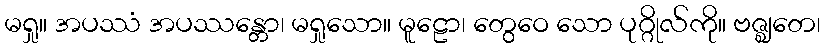
မရှု။ အပဿံ အပဿန္တော၊ မရှုသော။ မူဠော၊ တွေဝေ သော ပုဂ္ဂိုလ်ကို။ ဗဇ္ဈတေ၊